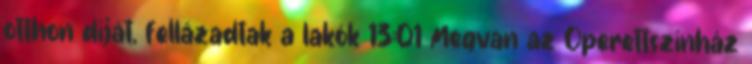
otthon díját, fellázadtak a lakók 13:01 Megvan az Operettszínház